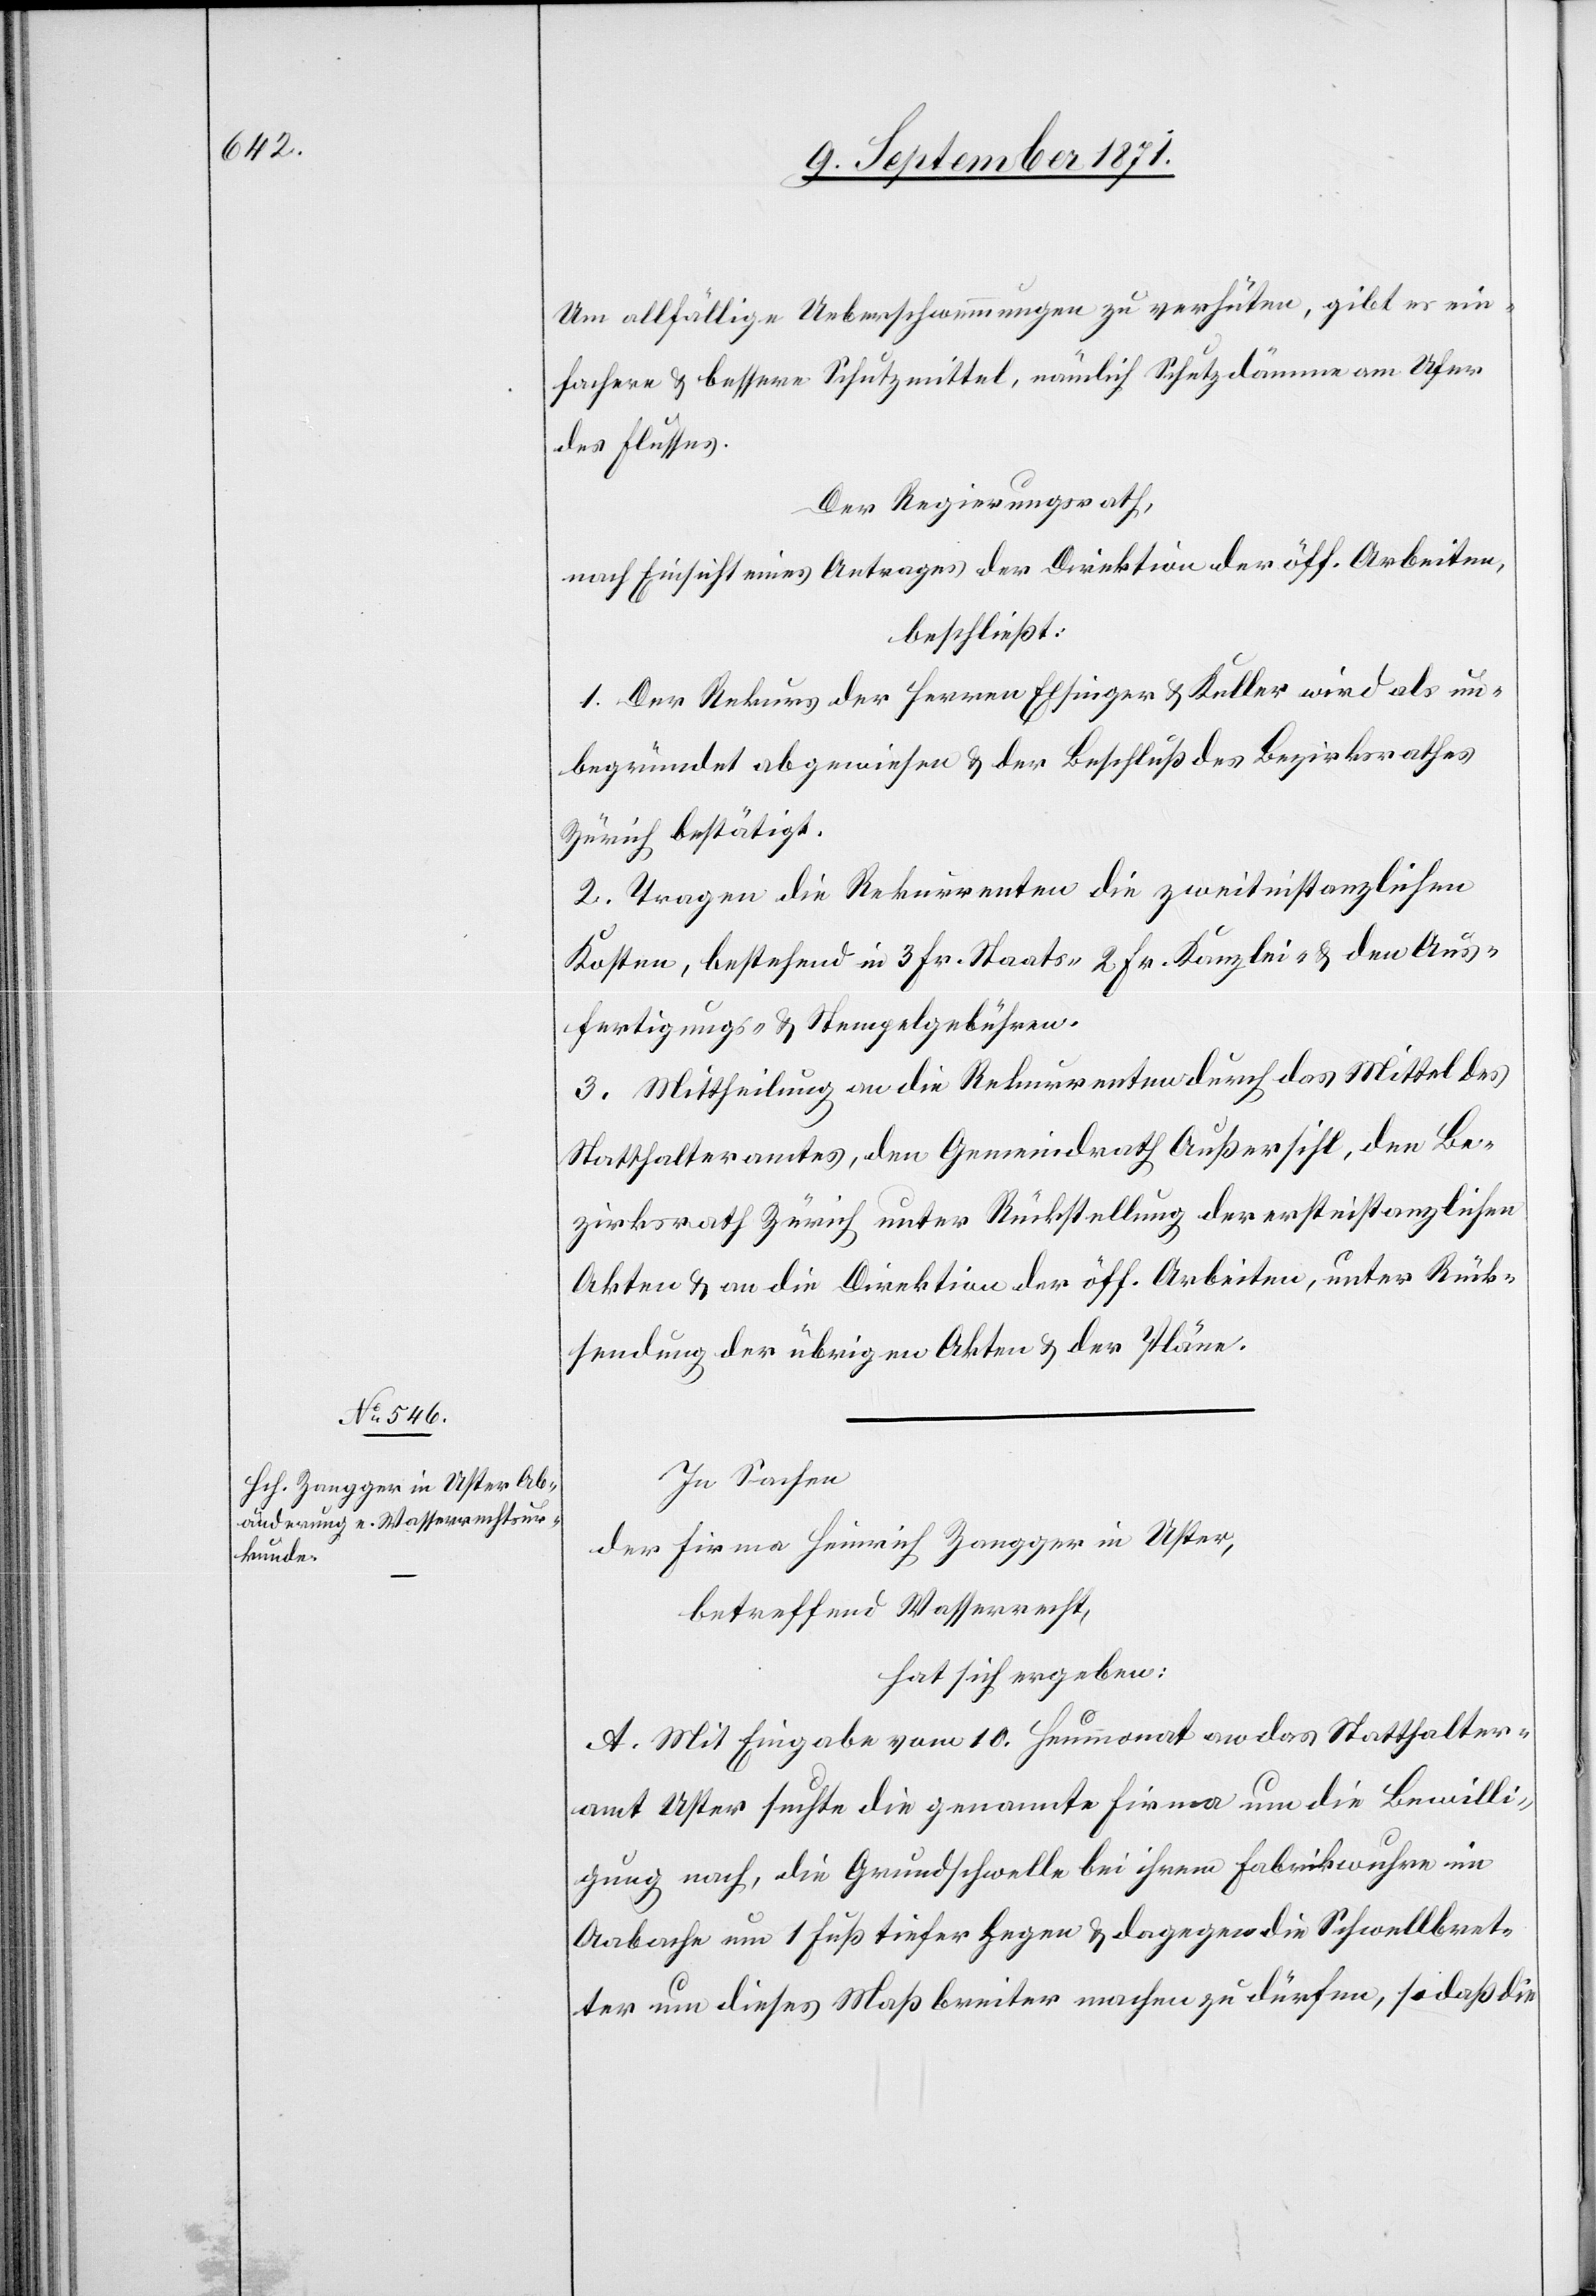
Um allfällige Ueberschwemmungen zu verhüten, gibt es ein¬
fachere & bessere Schutzmittel, nämlich Schutzdämme am Ufer
des Flusses.
Der Regierungsrath,
nach Einsicht eines Antrages der Direktion der öff. Arbeiten,
beschließt:
1. Der Rekurs der Herren Elsinger & Keller wird als un¬
begründet abgewiesen & der Beschluß des Bezirksrathes
Zürich bestätigt.
2. Tragen die Rekurrenten die zweitinstanzlichen
Kosten, bestehend in 3 Fr. Staats[-,] 2 Fr. Kanzlei- & den Aus¬
fertigungs- & Stempelgebühren.
3. Mittheilung an die Rekurrenten durch das Mittel des
Statthalteramtes, den Gemeindrath Außersihl, den Be¬
zirksrath Zürich unter Rückstellung der erstinstanzlichen
Akten & an die Direktion der öff. Arbeiten, unter Rück¬
sendung der übrigen Akten & der Pläne.
In Sachen
der Firma Heinrich Zangger in Uster,
betreffend Wasserkraft,
hat sich ergeben:
A. Mit Eingabe vom 10. Heumonat an das Statthalter¬
amt Uster suchte die genannte Firma um die Bewilli¬
gung nach, die Grundschwelle bei ihrem Fabrikwuhre im
Aabache um 1 Fuss tiefer legen & dagegen die Schwellbret¬
ter um dieses Maß breiter machen zu dürfen, so daß die